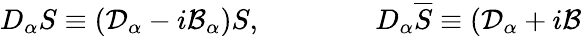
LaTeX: D_{\alpha}S\equiv(\mathcal{D}_{\alpha}-i\mathcal{B}_{\alpha})S,\qquad\qquad D_{\alpha}\overline{{{S}}}\equiv(\mathcal{D}_{\alpha}+i\mathcal{B}